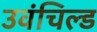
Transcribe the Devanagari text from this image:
उवंचिल्ड